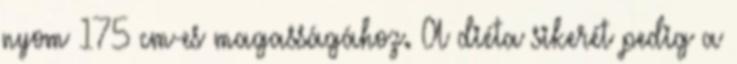
nyom 175 cm-es magasságához. A diéta sikerét pedig a